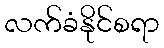
လက်ခံနိုင်စရာ